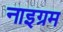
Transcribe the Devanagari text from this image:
नाइग्रम